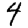
Digit: 4